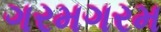
ગરમગરમ